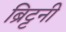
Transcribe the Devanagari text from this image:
ब्रिट्टनी